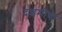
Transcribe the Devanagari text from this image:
दशमीक